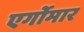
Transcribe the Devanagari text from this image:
एर्गोमार